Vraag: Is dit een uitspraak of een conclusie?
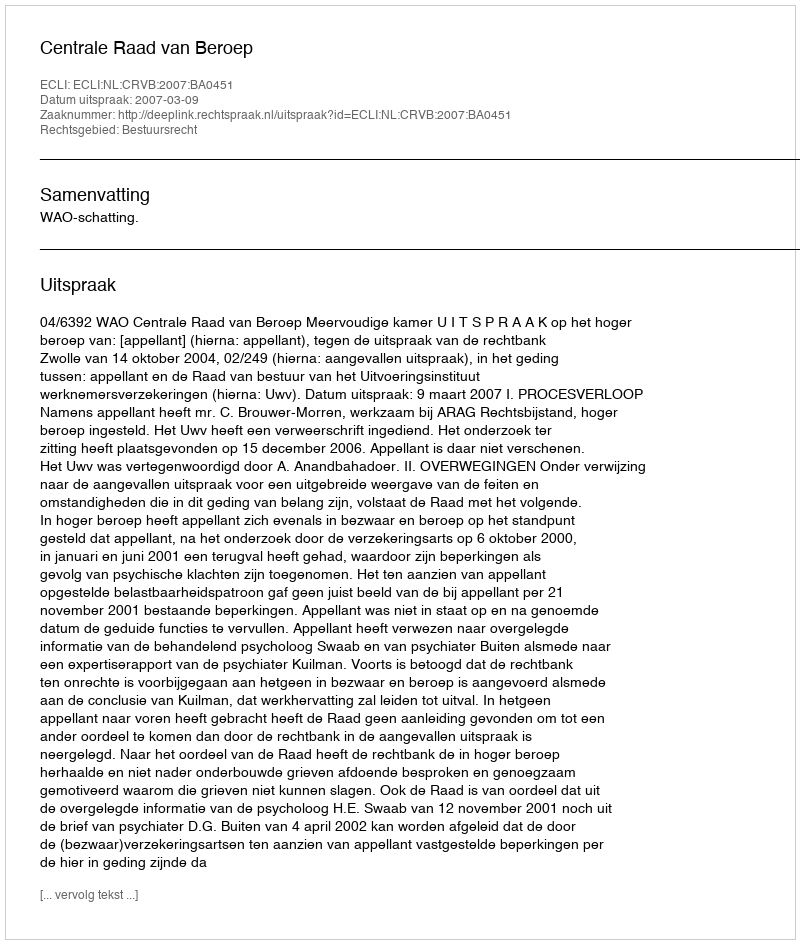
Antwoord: Uitspraak